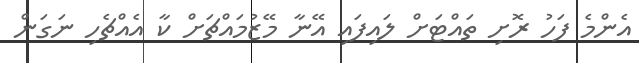
އެންމެ ފަހު ރޮށި ތައްޓަށް ލައިފައި އޭނާ މޭޒުމައްޗަށް ކާ އެއްޗެހި ނަގަން